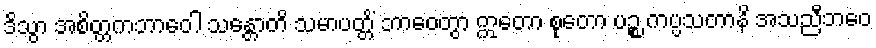
ဒိသွာ အစိတ္တကဘာဝေါ သန္တောတိ သမာပတ္တိံ ဘာဝေတွာ ဣတော စုတော ပဉ္စ ကပ္ပသတာနိ အသညီဘဝေ